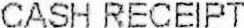
CASH RECEIPT